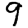
Digit: 9